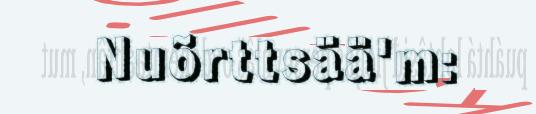
Nuõrttsää'm: